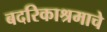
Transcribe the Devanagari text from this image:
बदरिकाश्रमाचे